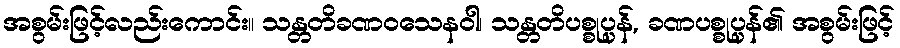
အစွမ်းဖြင့်လည်းကောင်း။ သန္တတိခဏဝသေနဝါ၊ သန္တတိပစ္စုပ္ပန်, ခဏပစ္စုပ္ပန်၏ အစွမ်းဖြင့်